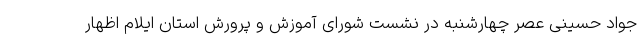
جواد حسینی عصر چهارشنبه در نشست شورای آموزش و پرورش استان ایلام اظهار